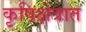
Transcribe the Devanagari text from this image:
कृषिक्षेत्रात